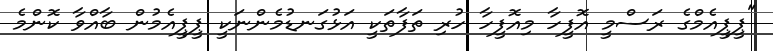
"ޕީޕީއެމްގެ ރަސްމީ އޮފީހާ މިއޮފީހާ ހުރި ތަފާތަކީ އަޅުގަނޑުމެންނަކީ ޕީޕީއެމުން ބާއްވާ ކޮންމެ